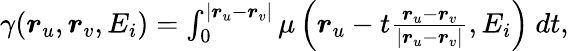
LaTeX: \begin{array}{r}{\gamma(\boldsymbol{r}_{u},\boldsymbol{r}_{v},E_{i})=\int_{0}^{|\boldsymbol{r}_{u}-\boldsymbol{r}_{v}|}\mu\left(\boldsymbol{r}_{u}-t\frac{\boldsymbol{r}_{u}-\boldsymbol{r}_{v}}{|\boldsymbol{r}_{u}-\boldsymbol{r}_{v}|},E_{i}\right)~dt,}\end{array}